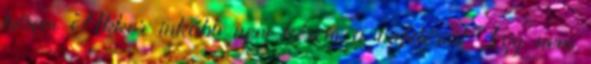
bérem Akkor inkább nem kérem a cafetériát Így nem